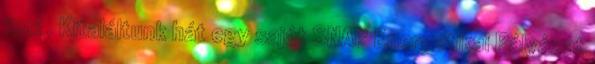
foci . Kitaláltunk hát egy saját SNAP Energetikai Pályázat